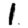
Digit: 1